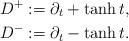
LaTeX: \begin{align*}D^+ &:=\partial_t+\tanh{t},\\D^- &:=\partial_t-\tanh{t}.\end{align*}